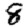
Digit: 8